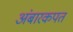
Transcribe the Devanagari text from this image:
अंबारकपत